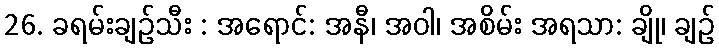
26. ခရမ်းချဉ်သီး : အရောင်: အနီ၊ အဝါ၊ အစိမ်း အရသာ: ချို၊ ချဉ်